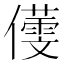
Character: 𪝸